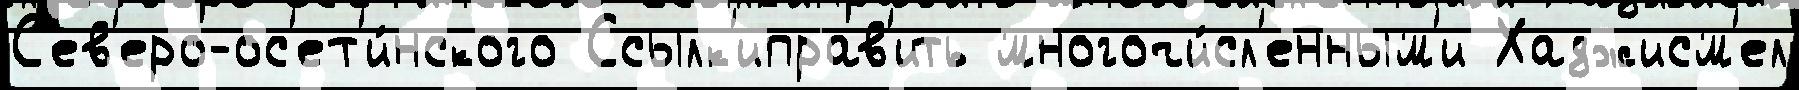
С'ев'еро-ос'ет'и́нского Ссылк'иправ'ить многочи́сл'енным'и Хаджисм'ел